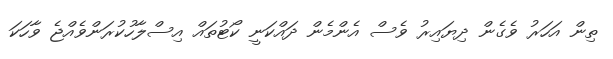
ތިން އަހަރު ވެގެން ދިޔައިރު ވެސް އެންމެން ދައްކަނީ ކޯޓުތައް އިސްލާހުކުރަންވެއްޖެ ވާހަކަ